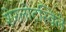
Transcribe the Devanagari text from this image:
शेरलोटस्विले